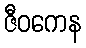
ဇီဝကေန